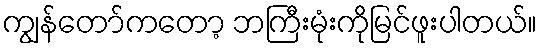
ကျွန်တော်ကတော့ ဘကြီးမုံးကိုမြင်ဖူးပါတယ်။